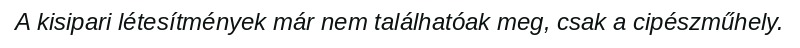
A kisipari létesítmények már nem találhatóak meg, csak a cipészműhely.